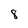
Character: 8